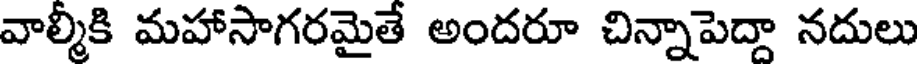
వాల్మీకి మహాసాగరమైతే అందరూ చిన్నాపెద్దా నదులు